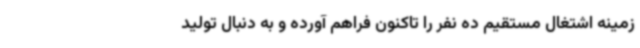
زمینه اشتغال مستقیم ده نفر را تاکنون فراهم آورده و به دنبال تولید